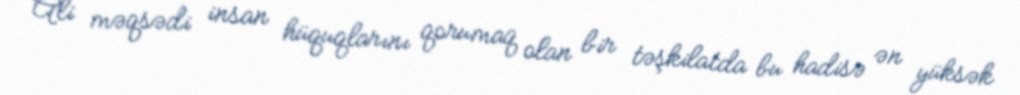
Ali məqsədi insan hüquqlarını qorumaq olan bir təşkilatda bu hadisə ən yüksək